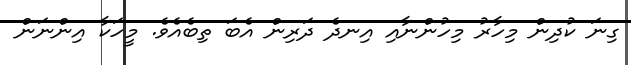
ގިނަ ކުދިން މިހާރު މިހުންނާއި އިނދެ ދަރިން އެބަ ތިބެއެވެ. މީހަކާ އިންނަން